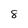
Character: 8